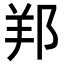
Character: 𨛁